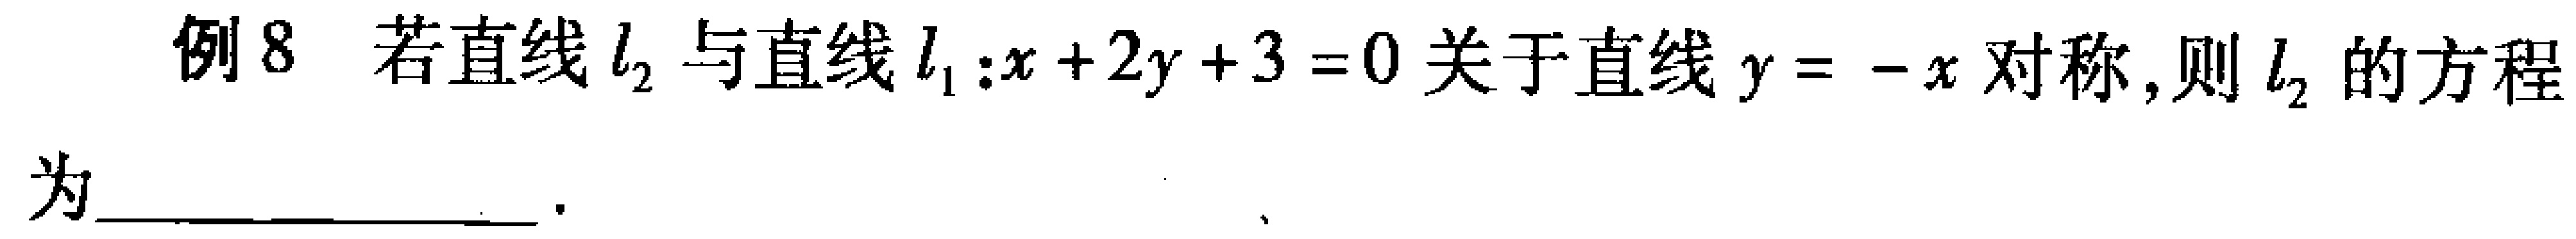
例8 若直线\(l_{2}\)与直线\(l_{1}:x + 2y + 3 = 0\)关于直线\(y = -x\)对称，则\(l_{2}\)的方程为  。